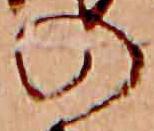
の